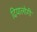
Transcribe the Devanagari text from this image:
दियालोगी